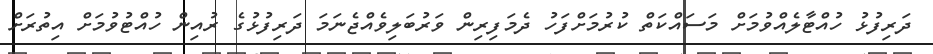
ދަރިފުޅު ހުއްޓާލެއްވުމަށް މަސައްކަތް ކުރުމަށްފަހު ދެމަފިރިން ވަރުބަލިވެއްޖެނަމަ ދަރިފުޅުގެ ރުއިން ހުއްޓުވުމަށް އިތުރަށް